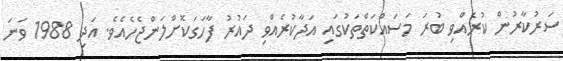
ސަރުކާރުން ކުރެއްވި ބުރަ މަސައްކަތްތަކުގައި އަދާކުރެއްވި ދައުރު ފާހަގަކޮށްލަންޖެހެއެވެ. އަދި 1988 ވަނަ